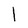
Character: l